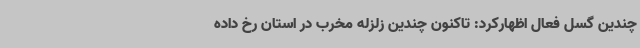
چندین گسل فعال اظهارکرد: تاکنون چندین زلزله مخرب در استان رخ داده